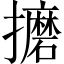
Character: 𫾚